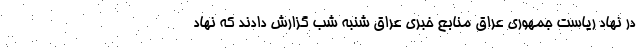
در نهاد ریاست جمهوری عراق منابع خبری عراق شنبه شب گزارش دادند که نهاد